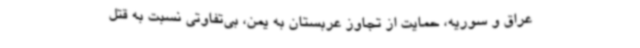
عراق و سوریه، حمایت از تجاوز عربستان به یمن، بی‌تفاوتی نسبت به قتل